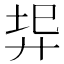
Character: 𢍇